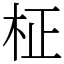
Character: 柾